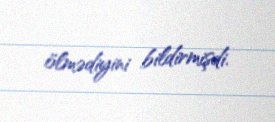
ölmədiyini bildirmişdi.